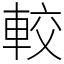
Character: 較